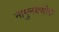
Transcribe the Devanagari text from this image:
नामुनक्योरा